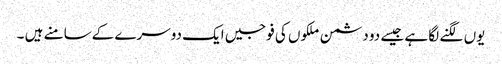
یوں لگنے لگا ہے جیسے دو دشمن ملکوں کی فوجیں ایک دوسرے کےسامنے ہیں ۔